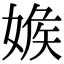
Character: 𡞥